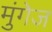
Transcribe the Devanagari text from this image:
मुंगेज